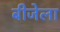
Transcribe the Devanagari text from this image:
बीजेला